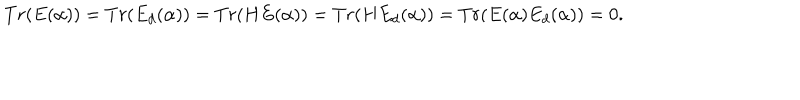
T r ( E ( \alpha ) ) = T r ( E _ { d } ( \alpha ) ) = T r ( H E ( \alpha ) ) = T r ( H E _ { d } ( \alpha ) ) = T r ( E ( \alpha ) E _ { d } ( \alpha ) ) = 0 .